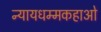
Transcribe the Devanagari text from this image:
न्यायधम्मकहाओ